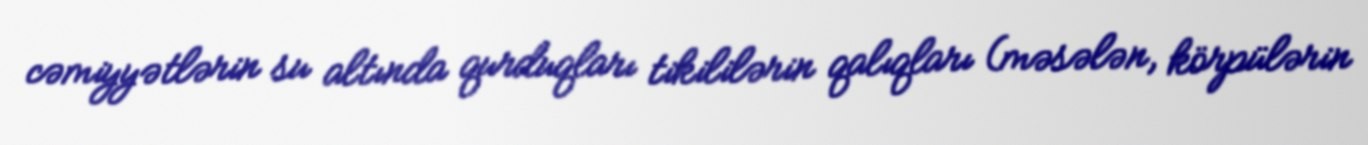
cəmiyyətlərin su altında qurduqları tikililərin qalıqları (məsələn, körpülərin